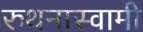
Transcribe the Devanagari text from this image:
रुथनास्वामी